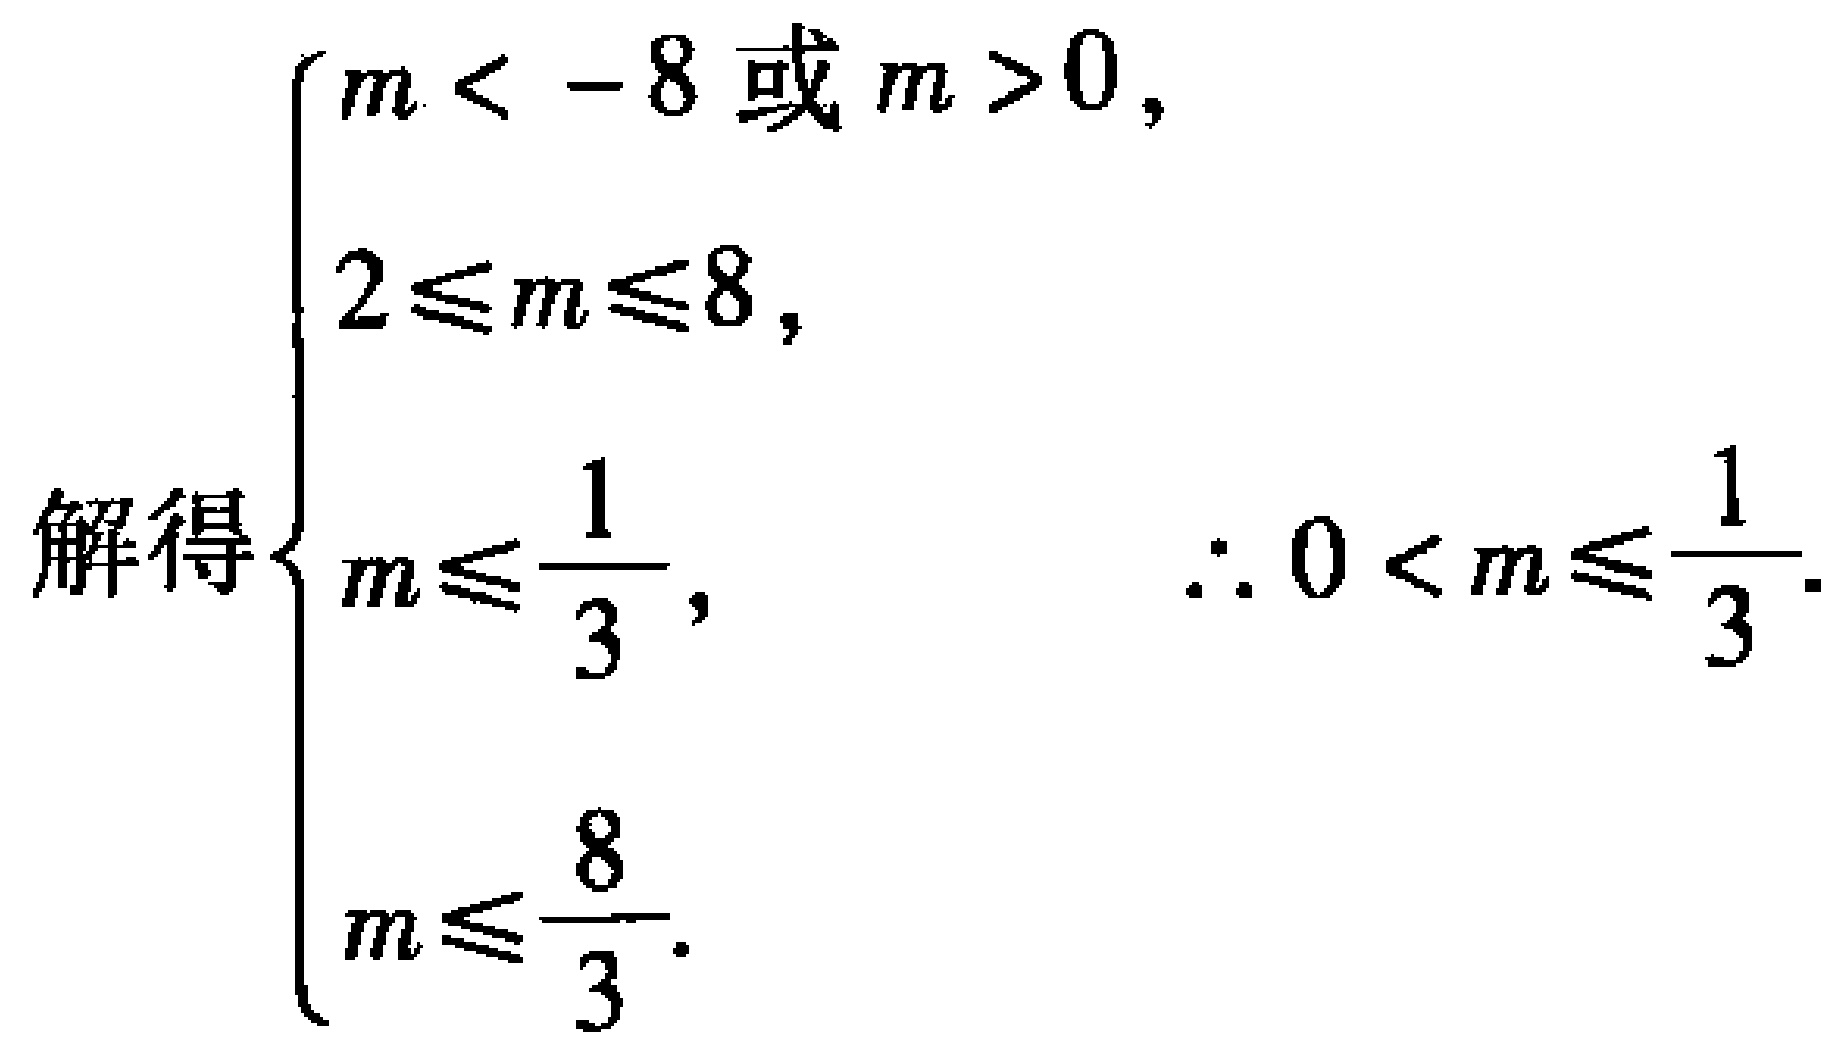
\(\begin{cases}

m < -8\text{ 或 }m > 0, \\

2\leqslant m\leqslant 8, \\

m\leqslant\frac{1}{3}, \\

m\leqslant\frac{8}{3}.

\end{cases}\) 解得\(\therefore 0 < m\leqslant\frac{1}{3}\).